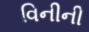
વિનીની